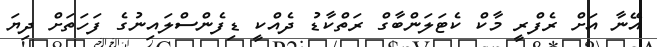
އޭނާ އަށް ރެފްރީ މާކް ކެޓަލަންބާގް ރަތްކާޑު ދެއްކީ ޑިފެންސްލައިނުގެ ފަހަތަށް ދިޔަ